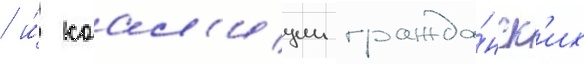
/ и́ коал'иции гражда́нск'их